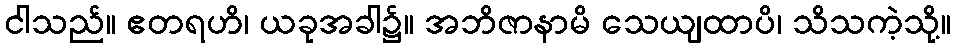
ငါသည်။ ဧတရဟိ၊ ယခုအခါ၌။ အဘိဇာနာမိ သေယျထာပိ၊ သိသကဲ့သို့။